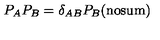
P _ { A } P _ { B } = \delta _ { A B } P _ { B } \mathrm { ( n o s u m ) }